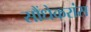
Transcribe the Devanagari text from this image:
सौंधेकरांस